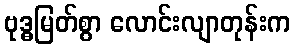
ဗုဒ္ဓမြတ်စွာ လောင်းလျာတုန်းက